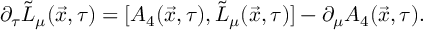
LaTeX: \partial _ { \tau } \tilde { L } _ { \mu } ( \vec { x } , \tau ) = [ A _ { 4 } ( \vec { x } , \tau ) , \tilde { L } _ { \mu } ( \vec { x } , \tau ) ] - \partial _ { \mu } A _ { 4 } ( \vec { x } , \tau ) .